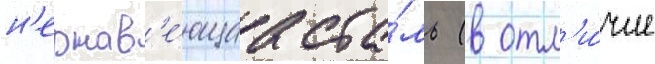
н'ержав'е́ющаа ста́ль (в отл'и́чие